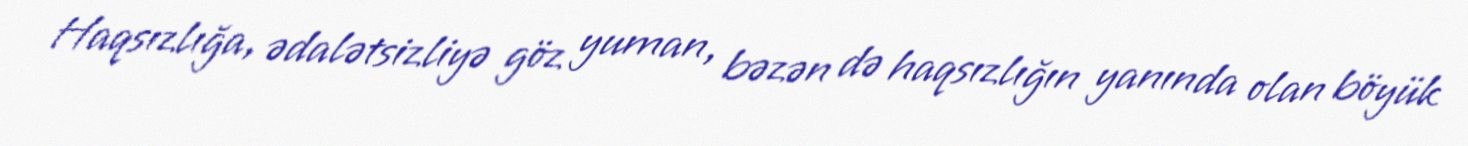
Haqsızlığa, ədalətsizliyə göz yuman, bəzən də haqsızlığın yanında olan böyük